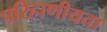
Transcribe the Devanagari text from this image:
परिहाणीयता